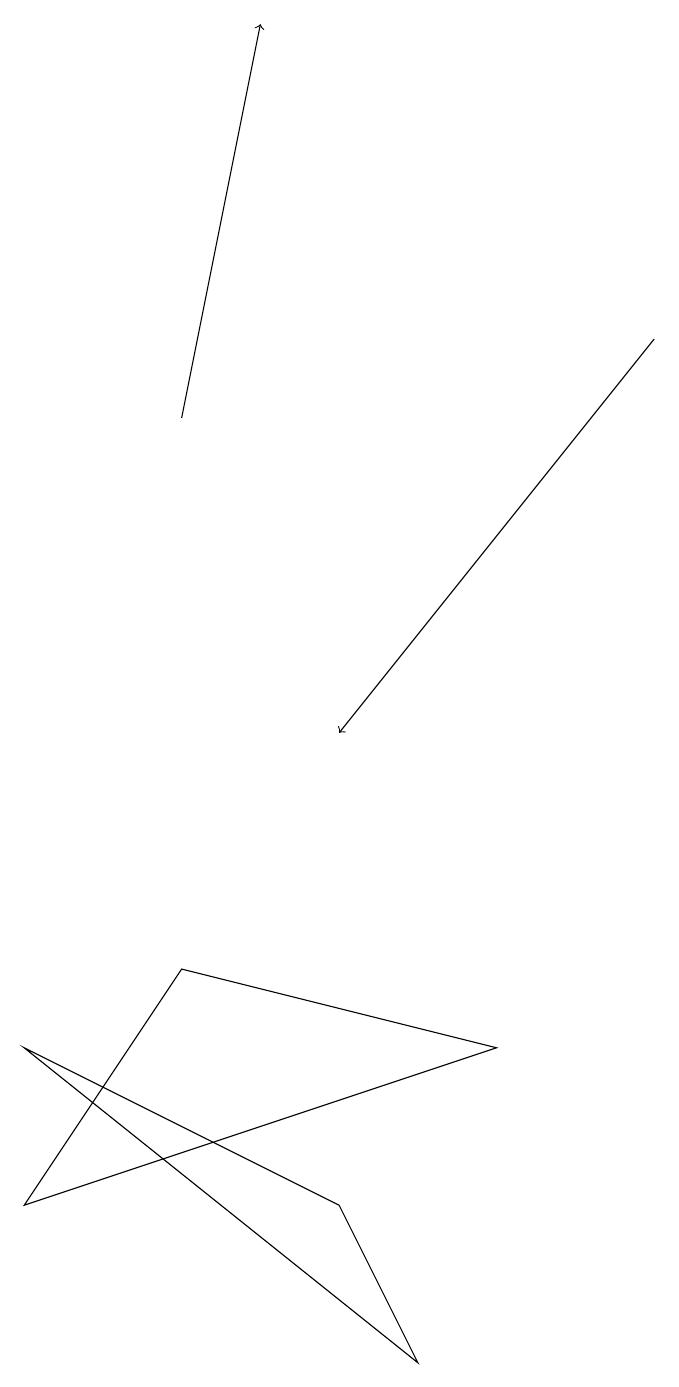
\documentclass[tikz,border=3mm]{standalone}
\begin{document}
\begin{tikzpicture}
\draw (4,4) -- (0,6) -- (5,2) -- cycle;
\draw[->] (2,14) -- (3,19);
\draw (2,7) -- (0,4) -- (6,6) -- cycle;
\draw[->] (8,15) -- (4,10);
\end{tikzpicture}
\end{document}